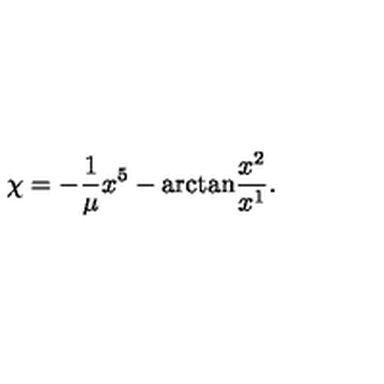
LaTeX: \chi = - \frac { 1 } { \mu } x ^ { 5 } - \mathrm { a r c t a n } \frac { x ^ { 2 } } { x ^ { 1 } } .